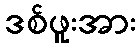
ဒစ်ဖူးအား